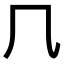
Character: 𠘨